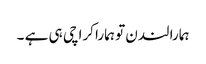
ہمارا لندن تو ہمارا کراچی ہی ہے ۔